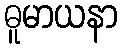
ဓူမာယနာ